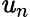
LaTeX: \mathit{u}_{n}